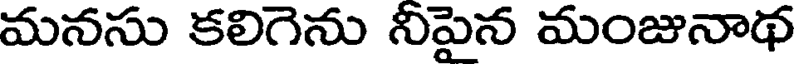
మనసు కలిగెను నీపైన మంజునాథ